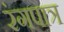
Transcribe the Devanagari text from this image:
रंगपात्र